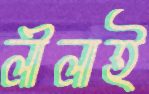
লীলাই